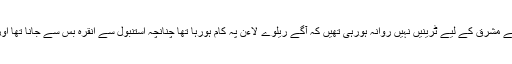
استنبول کے مرکزی ریلوے اسٹیشن حیدرپاشا سے مشرق کے لیے ٹرینیں نہیں روانہ ہورہی تھیں کہ آگے ریلوے لاءن پہ کام ہورہا تھا چنانچہ استنبول سے انقرہ بس سے جانا تھا اور آگے جانے کے لیے انقرہ سے ٹرین لینی تھی۔